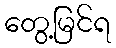
တွေ့မြင်ရ